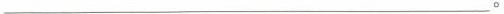
___。